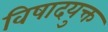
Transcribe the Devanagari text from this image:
विषादयुक्त